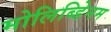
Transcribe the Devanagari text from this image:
मोलिब्डेिनम